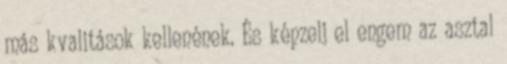
más kvalitások kellenének. És képzelj el engem az asztal